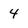
Character: 4